Insane asylums in Bengal annual reports 1867-1875 - 1867-1875
Year: 1867
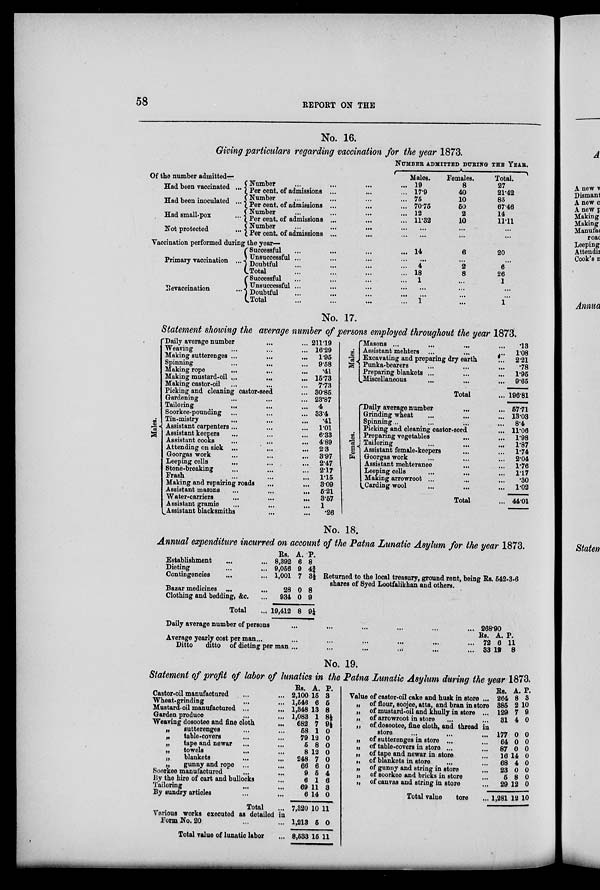
58
REPORT
ON THE
No. 16.
Giving particulars regarding vaccination for the year 1873.
NUMBER ADMITTED DURING THE YEAR.
Of the number admitted-
Had been vaccinated ...
Had been inoculated ...
Had small-pox
...
Not protected
...
Number
...
...
...
...
Per cent. of admissions ... ... ...
Number ... ... ... ...
Per cent. of admissions ...
Number ... ... ... ...
Per cent. of admissions ...
Number ... ... ... ...
Per cent. of admissions ...
Vaccination performed during the year-
Primary vaccination ...
Revaccination
...
Successful ... ... ... ...
Unsuccessful ... ... ... ...
Doubtful ... ... ... ...
Total ... ... ... ...
Successful ... ... ... ...
Unsuccessful ... ... ... ...
Doubtful ... ... ... ...
Total ... ... ... ...
Males.
19
17.9
75
70.75
12
11.32
...
...
14
...
4
18
1
...
...
1
Females.
8
40
10
50
2
10
...
...
6
...
2
8
...
...
...
...
Total.
27
21.42
85
67.46
14
11.11
...
...
20
...
6
26
1
...
...
1
No. 17.
Statement showing the average number of persons employed throughout the year 1873.
Males.
Daily average number ... ... ...
Weaving ... ... ...
Making sutterenges ... ... ...
Spinning ... ... ...
Making rope ... ... ...
Making mustard-oil
...
... ...
Making castor-oil ... ... ...
Picking and cleaning castor-seed...
Gardening ... ... ...
Tailoring
... ... ...
Soorkee-pounding ... ... ...
Tin-mistry ... ... ...
Assistant carpenters... ... ...
Assistant keepers ... ... ...
Assistant cooks ... ... ...
Attending on sick ... ... ...
Goorgas work ... ... ...
Leeping cells
... ... ...
Stone-breaking ... ... ...
Frash ... ... ...
Making and repairing roads ... ...
Assistant masons
...
...
...
Water-carriers ... ... ...
Assistant gramie ... ... ...
Assistant blacksmiths ... ...
211.19
16.29
1.95
9.58
.41
15.73
7.73
30.86
23.87
4
33.4
.41
1.01
6.33
4.89
2.3
3.97
2.47
2.17
1.15
3.09
5.21
3.57
1
.26
Males.
Masons ... ... ... ...
Assistant mehters ... ... ...
Excavating and preparing dry earth ...
Punka-bearers ... ... ...
Preparing blankets ... ... ...
Miscellaneous
...
...
...
Total
Females.
Daily average number ... ...
Grinding wheat ... ... ...
Spinning... ... ...
Picking and cleaning castor-seed ...
Preparing vegetables ... ...
Tailoring ... ... ...
Assistant female-keepers ... ... ...
Goorgas work
...
...
...
Assistant mehteranee ... ...
Leeping cells ... ... ...
Making arrowroot ... ... ...
Carding wool ... ... ...
Total ...
.13
1.08
2.21
.78
1.95
9.65
196.81
57.71
13.03
8.4
11.06
1.98
1.87
1.74
2.04
1.76
1.17
.30
1.02
44.01
No. 18.
Annual expenditure incurred on account of the Patna Lunatic Asylum for the year 1873.
Establishment ... ...
Dieting ... ...
Contingencies ... ...
Bazar medicines ... ...
Clothing and bedding, &c. ...
Total ...
Rs.
8,392
9,056
1,001
28
934
19,412
A.
6
9
7
0
0
8
P.
8
4Ú
3½
8
9
9½
Returned to the local treasury, ground rent, being Rs. 542-3-6
shares of Syed Lootfalikhan and others.
Daily average number of persons ... ... ... ... ... ...
Average yearly cost per man ... ... ... ... ... ... ...
Ditto
ditto of dieting per man ... ... ... ... ... ...
268.90
Rs.
72
33
A.
6
12
P.
11
8
No. 19.
Statement of profit of labor of lunatics in the Patna lunatic Asylum during the year 1873.
Castor-oil manufactured
... ...
Wheat-grinding ... ...
Mustard-oil manufactured ...
...
Garden produce ... ...
Weaving dosootee and fine cloth ...
„
sutterenges ... ...
„
table-covers ... ...
„
tape and newar ... ...
„
towels ... ...
„
blankets
...
...
„
gunny and rope ... ...
Soorkee manufactured ... ...
By the hire of cart and bullocks ...
Tailoring ... ...
By sundry articles ... ...
Total ...
Various works executed as detailed in
Form No. 20 ... ...
Total value of lunatic labor ...
Rs.
2,100
1,546
1,348
1,083
682
58
79
5
8
248
66
9
6
69
6
7,320
1,213
8,533
A.
15
6
13
1
7
1
12
8
12
7
6
5
1
11
14
10
5
15
P.
3
5
8
8½
9½
0
0
0
0
0
0
4
6
3
0
11
0
11
Value of castor-oil cake and husk in store ...
„ of flour, soojee, atta, and bran in store
„ of mustard-oil and khully in store ...
„ of arrowroot in store ... ...
„ of dosootee, fine cloth, and thread in
store
...
... ...
„ of sutterenges in store ... ...
„ of table-covers in store ... ...
„ of tape and newar in store ...
„ of blankets in store ... ...
„ of gunny and string in store ...
„ of soorkee and bricks in store ...
„ of canvas and string in store ...
Total value
tore ...
Rs.
264
385
129
31
177
64
87
16
68
23
5
29
1,281
A.
8
2
7
4
0
0
0
14
4
0
8
12
12
P.
3
10
9
0
0
0
0
0
0
0
0
0
10